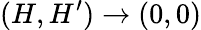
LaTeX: (H,H^{\prime})\to(0,0)